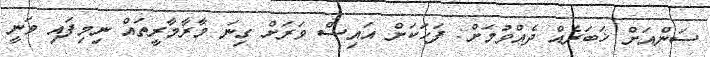
ސަންއަށް ޚަބަރެއް ދެއްވުމަށް: ފަހަކަށް އައިސް ވަރަށް ގިނަ މާރާމާރީތައް ނިމިފައި ވަނީ